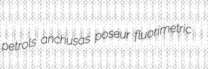
petrols anchusas poseur fluorimetric